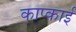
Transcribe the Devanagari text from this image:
काप्काई